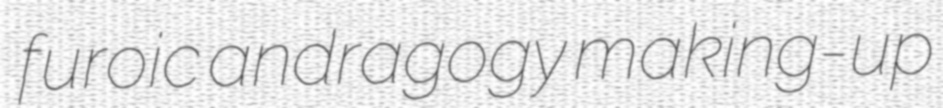
furoic andragogy making-up